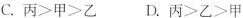
C.丙>甲>乙 D.丙>乙>甲